Indian journal of veterinary science and animal husbandry - Volume 11,
Year: 1941
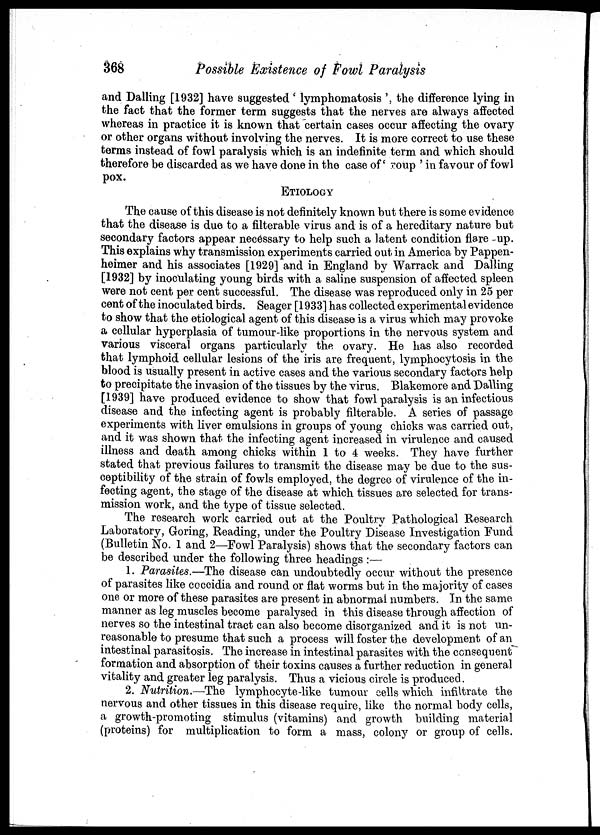
368
Possible Existence of Fowl Paralysis
and Dalling [1932] have suggested ' lymphomatosis ', the difference lying in
the fact that the former term suggests that the nerves are always affected
whereas in practice it is known that certain cases occur affecting the ovary
or other organs without involving the nerves. It is more correct to use these
terms instead of fowl paralysis which is an indefinite term and which should
therefore be discarded as we have done in the case of ' roup ' in favour of fowl
pox.
ETIOLOGY
The cause of this disease is not definitely known but there is some evidence
that the disease is due to a filterable virus and is of a hereditary nature but
secondary factors appear necessary to help such a latent condition flare -up.
This explains why transmission experiments carried out in America by Pappen-
heimer and his associates [1929] and in England by Warrack and Dalling
[1932] by inoculating young birds with a saline suspension of affected spleen
were not cent per cent successful. The disease was reproduced only in 25 per
cent of the inoculated birds. Seager [1933] has collected experimental evidence
to show that the etiological agent of this disease is a virus which may provoke
a cellular hyperplasia of tumour-like proportions in the nervous system and
various visceral organs particularly the ovary. He has also recorded
that lymphoid cellular lesions of the iris are frequent, lymphocytosis in the
blood is usually present in active cases and the various secondary factors help
to precipitate the invasion of the tissues by the virus. Blakemore and Dalling
[1939] have produced evidence to show that fowl paralysis is an infectious
disease and the infecting agent is probably filterable. A series of passage
experiments with liver emulsions in groups of young chicks was carried out,
and it was shown that the infecting agent increased in virulence and caused
illness and death among chicks within 1 to 4 weeks. They have further
stated that previous failures to transmit the disease may be due to the sus-
ceptibility of the strain of fowls employed, the degree of virulence of the in-
fecting agent, the stage of the disease at which tissues are selected for trans-
mission work, and the type of tissue selected.
The research work carried out at the Poultry Pathological Research
Laboratory, Goring, Reading, under the Poultry Disease Investigation Fund
(Bulletin No. 1 and 2—Fowl Paralysis) shows that the secondary factors can
be described under the following three headings :—
1. Parasites.—The disease can undoubtedly occur without the presence
of parasites like coccidia and round or flat worms but in the majority of cases
one or more of these parasites are present in abnormal numbers. In the same
manner as leg muscles become paralysed in this disease through affection of
nerves so the intestinal tract can also become disorganized and it is not un-
reasonable to presume that such a process will foster the development of an
intestinal parasitosis. The increase in intestinal parasites with the consequent
formation and absorption of their toxins causes a further reduction in general
vitality and greater leg paralysis. Thus a vicious circle is produced.
2. Nutrition.—The lymphocyte-like tumour cells which infiltrate the
nervous and other tissues in this disease require, like the normal body cells,
a growth-promoting stimulus (vitamins) and growth building material
(proteins) for multiplication to form a mass, colony or group of cells.